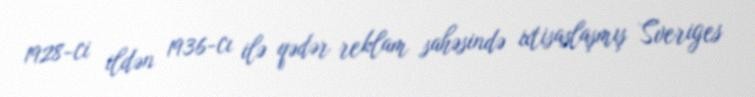
1928-ci ildən 1936-cı ilə qədər reklam sahəsində ixtisaslaşmış Sveriges